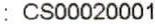
: CS00020001